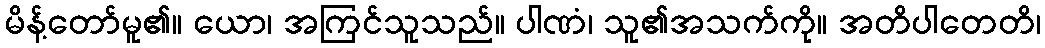
မိန့်တော်မူ၏။ ယော၊ အကြင်သူသည်။ ပါဏံ၊ သူ၏အသက်ကို။ အတိပါတေတိ၊